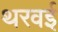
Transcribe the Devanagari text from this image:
थरवई